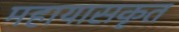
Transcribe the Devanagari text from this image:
महायासकृत